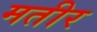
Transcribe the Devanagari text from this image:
मतीर